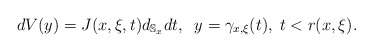
\begin{align*}dV(y)=J(x,\xi ,t)d_{\mathbb{S}_x}dt,\;\; y=\gamma _{x,\xi}(t),\; t<r(x,\xi ).\end{align*}